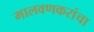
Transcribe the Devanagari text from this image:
मालवणकरांचा